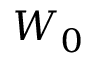
W _ { 0 }